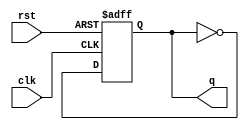
// 4109061012
module FF2(q, clk, rst);
    output q;
    input clk, rst;
    reg q = 1'b0;  // variable type declaration plus initial value setting
    always @(negedge rst or posedge clk) begin
        if(!rst)
            q <= 1'b0;
        else
            q <= ~q; 
    end
endmodule